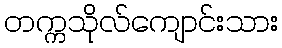
တက္ကသိုလ်ကျောင်းသား